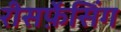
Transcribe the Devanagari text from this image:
रीसर्फ़ेसिंग